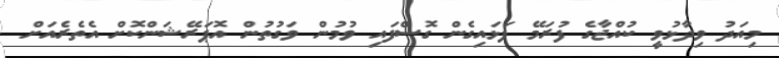
މިއަދު ވިދާޅުވީ ކުއްޖާގެ ފުރަމޭ ފަޅައިގެން ގޮސްފައި ވުމުން ވަގުތުން އޮޕަރޭޝަންކޮށް އެތެރެއަށް